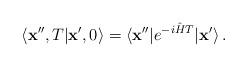
LaTeX: \begin{align*}\langle {\bf x}'',T\vert {\bf x}',0\rangle=\langle {\bf x}''\vert e^{-i{\hat H}T}\vert {\bf x}'\rangle\,.\end{align*}